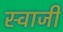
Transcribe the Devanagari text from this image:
स्वाजी